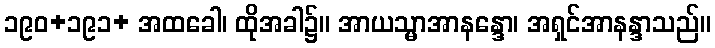
၁၉၀+၁၉၁+ အထခေါ၊ ထိုအခါ၌။ အာယသ္မာအာနန္ဒော၊ အရှင်အာနန္ဒာသည်။